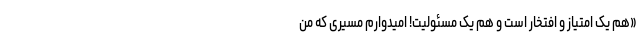
«هم یک امتیاز و افتخار است و هم یک مسئولیت! امیدوارم مسیری که من